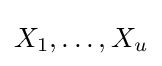
X_{1},\dots ,X_{u}